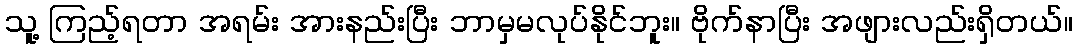
သူ့ ကြည့်ရတာ အရမ်း အားနည်းပြီး ဘာမှမလုပ်နိုင်ဘူး။ ဗိုက်နာပြီး အဖျားလည်းရှိတယ်။